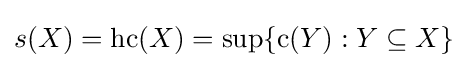
s(X)={\rm {hc}}(X)=\sup\{{\rm {c}}(Y):Y\subseteq X\}